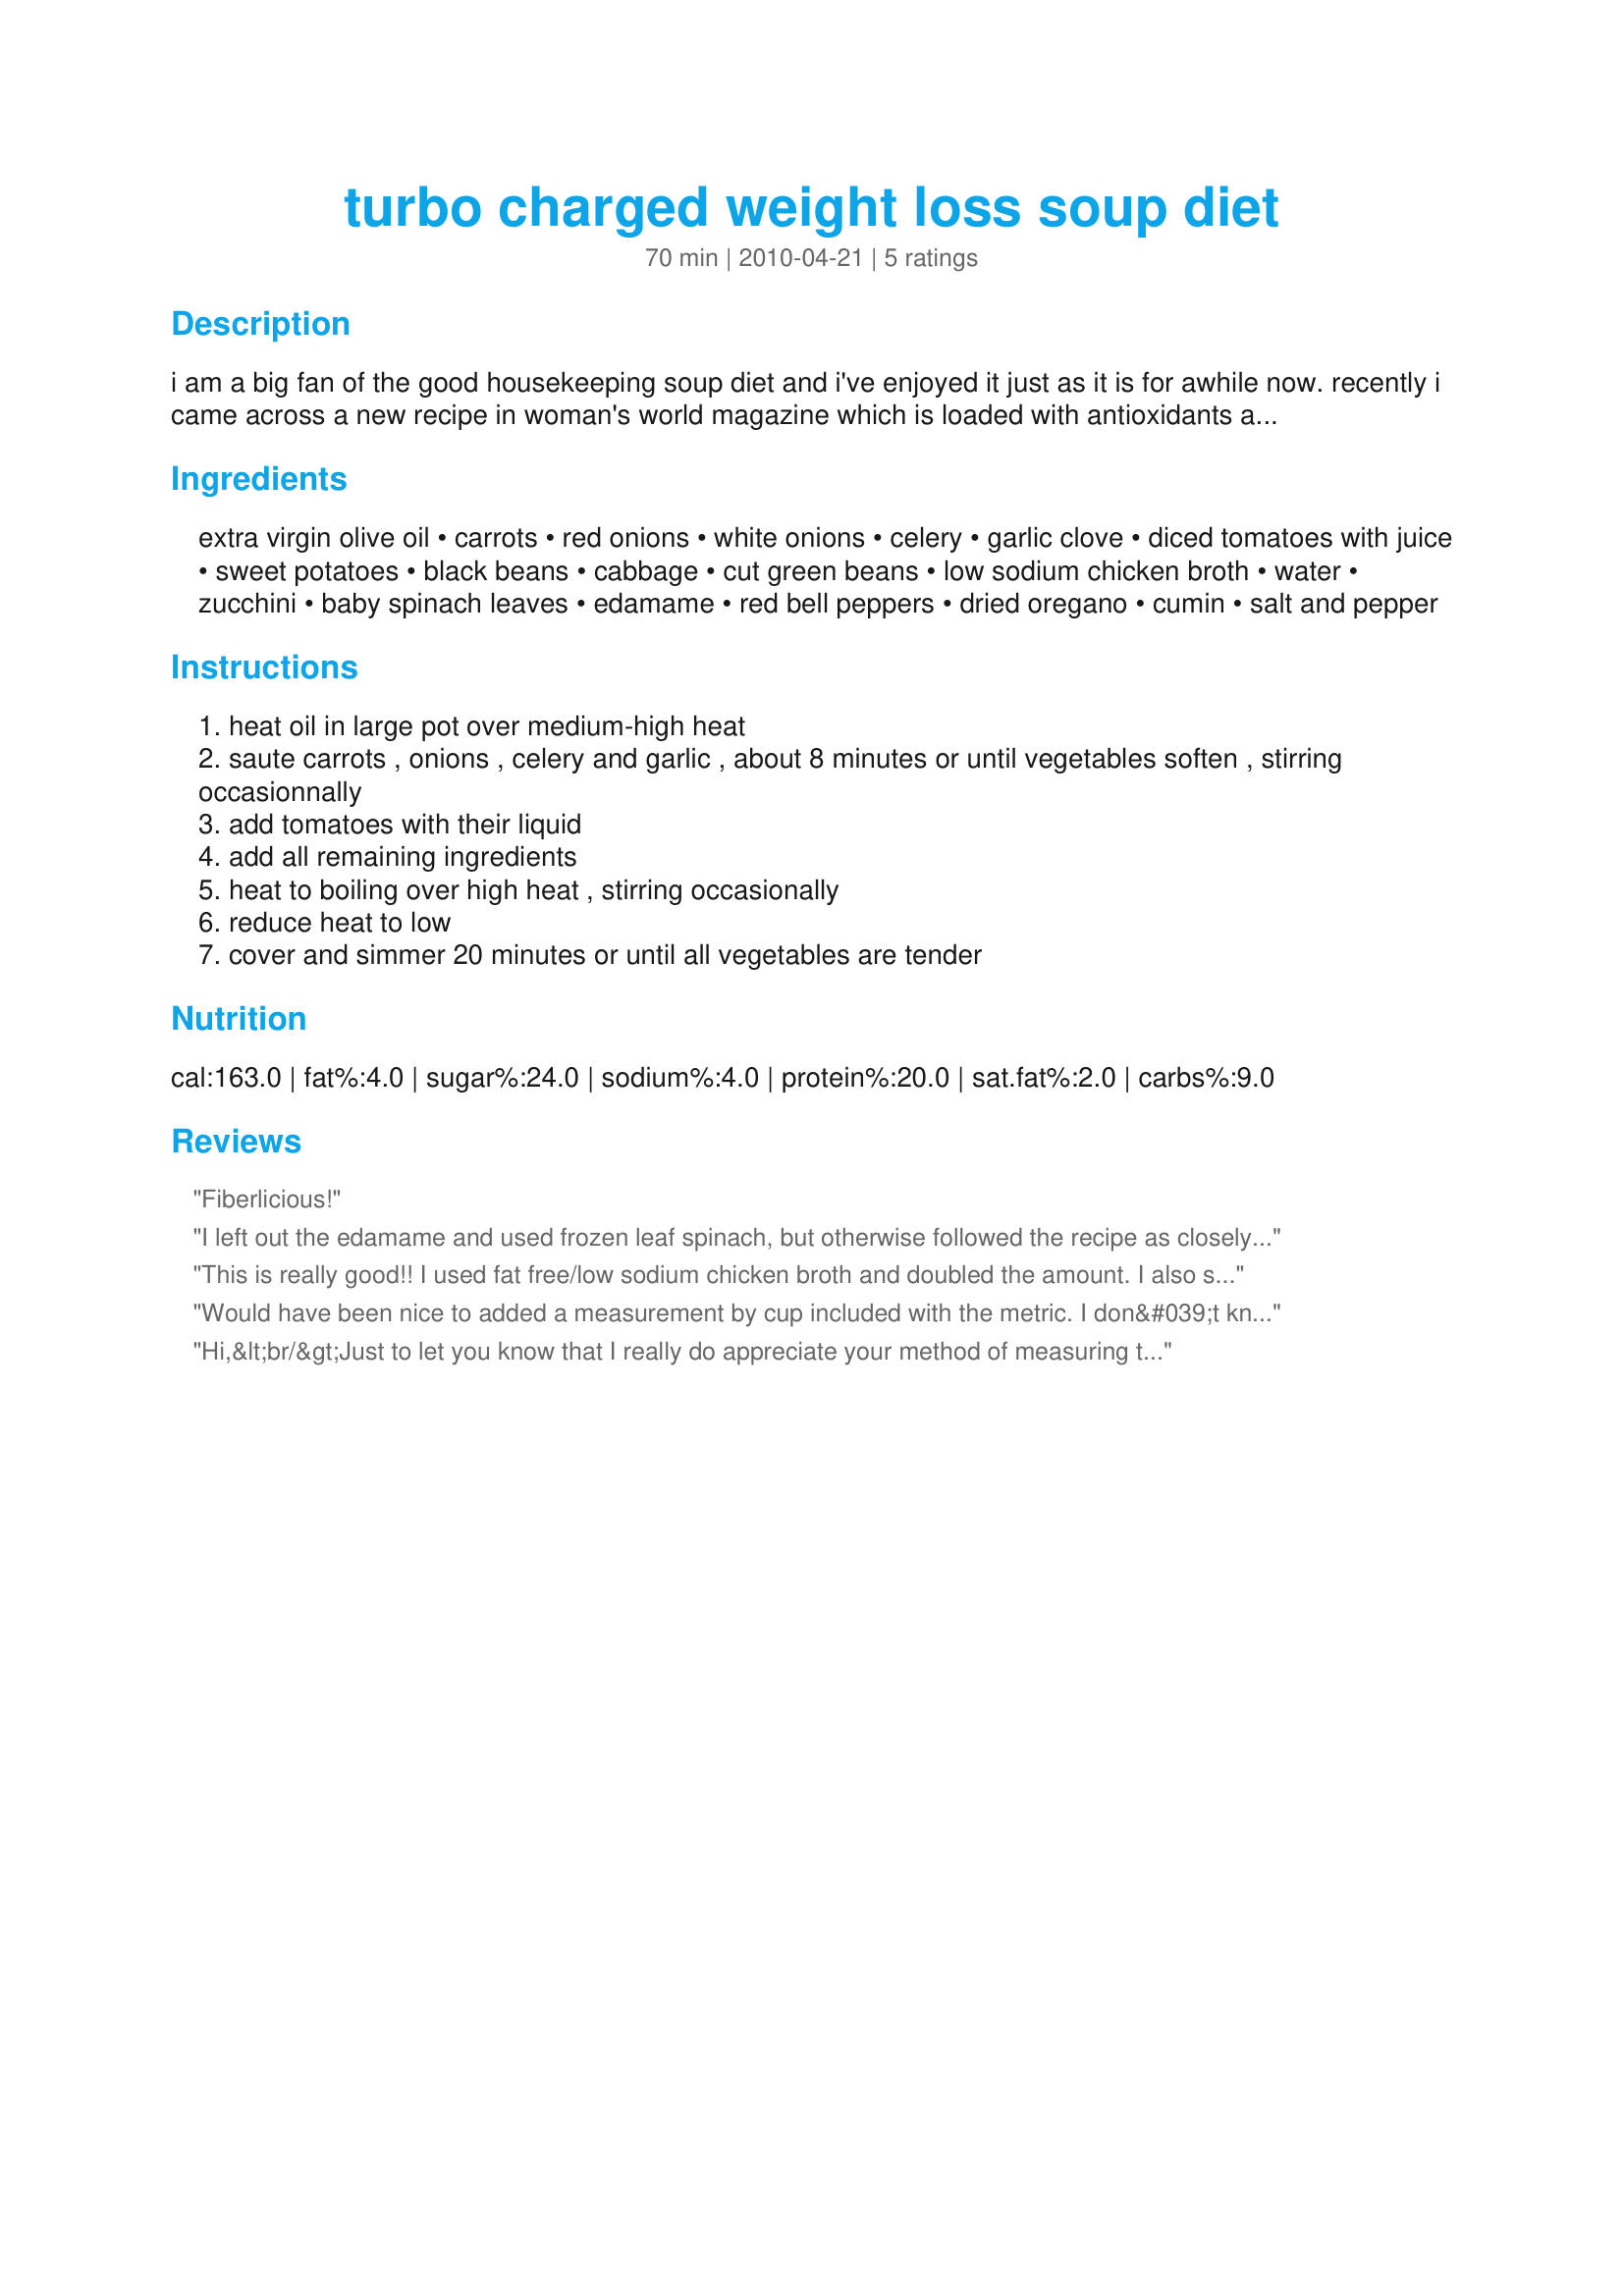
turbo charged weight loss soup diet
Preparation time: 70 minutes

i am a big fan of the good housekeeping soup diet and i've enjoyed it just as it is for awhile now. recently i came across a new recipe in woman's world magazine which is loaded with antioxidants and it inspired me to combine the two recipes with a tweak or two here and there. i have posted this recipe in metric measurements as i have found that weights convert better than cups when it comes to vegetables and canned items.

Ingredients:
extra virgin olive oil, carrots, red onions, white onions, celery, garlic clove, diced tomatoes with juice, sweet potatoes, black beans, cabbage, cut green beans, low sodium chicken broth, water, zucchini, baby spinach leaves, edamame, red bell peppers, dried oregano, cumin, salt and pepper

Steps:
heat oil in large pot over medium-high heat
saute carrots , onions , celery and garlic , about 8 minutes or until vegetables soften , stirring occasionnally
add tomatoes with their liquid
add all remaining ingredients
heat to boiling over high heat , stirring occasionally
reduce heat to low
cover and simmer 20 minutes or until all vegetables are tender

Reviews:
Fiberlicious!
I left out the edamame and used frozen leaf spinach, but otherwise followed the recipe as closely as possible. The metric only measurements threw me so I was guesstimating some of the vegetable quantities. The soup was loaded with veggies and tasty, but next time I will add more. Thank you for sharing the recipe! Made for PAC 2014.
This is really good!! I used fat free/low sodium chicken broth and doubled the amount. I also subbed an orange pepper for the red, but otherwise used the ingredients listed. It was really easy to make (once you dice and chop all the veggies). Made for Enjoying Soups and Breads in the Photo Forum.
Would have been nice to added a measurement by cup included with the metric. I don&#039;t know the metric system so I just have to guess.
Hi,&lt;br/&gt;Just to let you know that I really do appreciate your method of measuring the ingredients, I simply multiply the grams or ml. by .035 to convert to ounces. I gave you 5 stars, and will&lt;br/&gt;rate the soup at a later date, got to be delish (and healthy) Thanks again!! granpappy0
